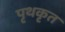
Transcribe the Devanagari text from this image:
पृथकृत